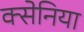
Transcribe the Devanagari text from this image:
क्सेनिया